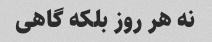
نه هر روز بلکه گاهی